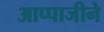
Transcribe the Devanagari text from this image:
आप्पाजीने